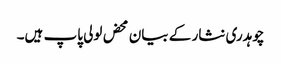
چوہدری نثار کے بیان محض لولی پاپ ہیں۔